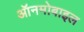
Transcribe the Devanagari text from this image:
ऑनमोबाइल